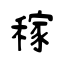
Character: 稼